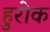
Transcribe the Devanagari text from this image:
हुरोक